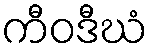
ကီဝဒီဃံ